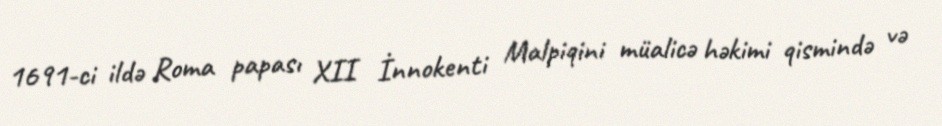
1691-ci ildə Roma papası XII İnnokenti Malpiqini müalicə həkimi qismində və